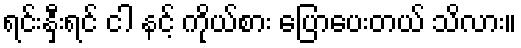
ရင်းနှီးရင် ငါ နင့် ကိုယ်စား ပြောပေးတယ် သိလား။